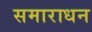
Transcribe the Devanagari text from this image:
समाराधन